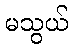
မသွယ်